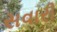
સવારી